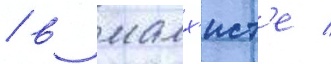
/ в малх'ист'е /